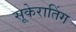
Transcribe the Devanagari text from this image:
सूकेरातिंग